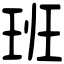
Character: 班